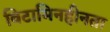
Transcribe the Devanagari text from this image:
विटामिनहीनता